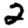
Digit: 2